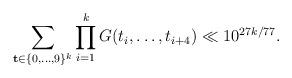
LaTeX: \begin{align*}\sum_{\mathbf{t}\in\{0,\dots,9\}^k}\prod_{i=1}^k G(t_i,\dots,t_{i+4})\ll 10^{27k/77}.\end{align*}